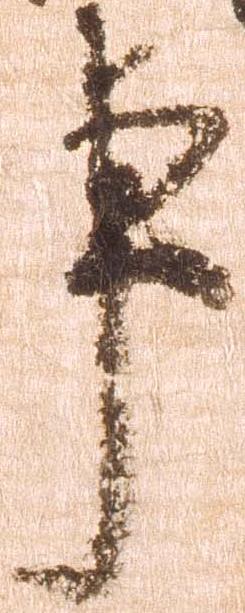
事